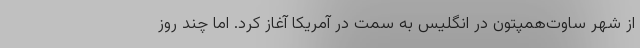
از شهر ساوت‌همپتون در انگلیس به سمت در آمریکا آغاز کرد. اما چند روز